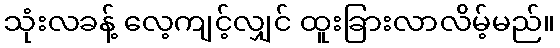
သုံးလခန့် လေ့ကျင့်လျှင် ထူးခြားလာလိမ့်မည်။